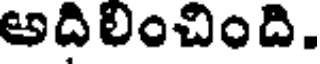
అదిలించింది.